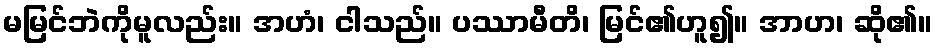
မမြင်ဘဲကိုမူလည်း။ အဟံ၊ ငါသည်။ ပဿာမီတိ၊ မြင်၏ဟူ၍။ အာဟ၊ ဆို၏။